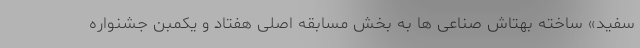
سفید» ساخته بهتاش صناعی ها به بخش مسابقه اصلی هفتاد و یکمبن جشنواره